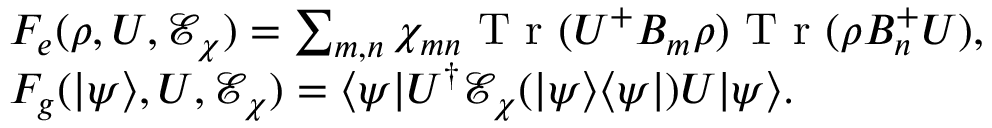
\begin{array} { r l } & { F _ { e } ( \rho , U , \mathcal { E } _ { \chi } ) = \sum _ { m , n } \chi _ { m n } \textrm { T r } ( U ^ { + } B _ { m } \rho ) \textrm { T r } ( \rho B _ { n } ^ { + } U ) , } \\ & { F _ { g } ( | \psi \rangle , U , \mathcal { E } _ { \chi } ) = \langle \psi | U ^ { \dagger } \mathcal { E } _ { \chi } ( | \psi \rangle \langle \psi | ) U | \psi \rangle . } \end{array}